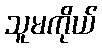
သူမကိုယ်